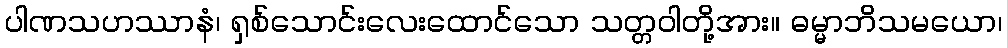
ပါဏသဟဿာနံ၊ ရှစ်သောင်းလေးထောင်သော သတ္တဝါတို့အား။ ဓမ္မာဘိသမယော၊